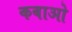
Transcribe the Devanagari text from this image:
कबाओ